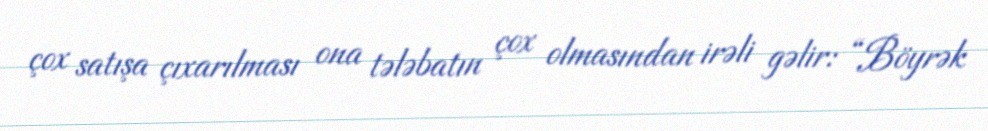
çox satışa çıxarılması ona tələbatın çox olmasından irəli gəlir: “Böyrək